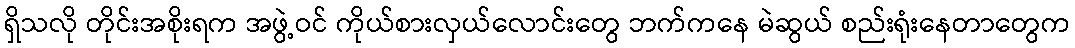
ရှိသလို တိုင်းအစိုးရက အဖွဲ့ဝင် ကိုယ်စားလှယ်လောင်းတွေ ဘက်ကနေ မဲဆွယ် စည်းရုံးနေတာတွေက